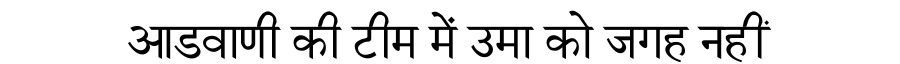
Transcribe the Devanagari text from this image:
आडवाणी की टीम में उमा को जगह नहीं